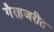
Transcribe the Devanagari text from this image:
गैरहजरीत